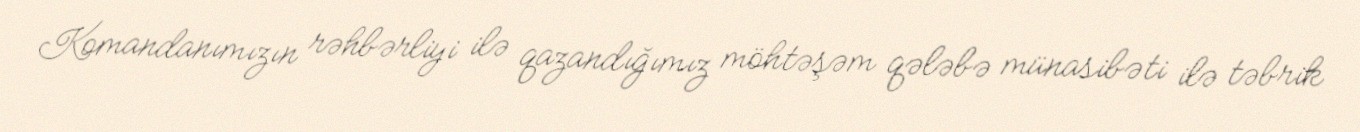
Komandanımızın rəhbərliyi ilə qazandığımız möhtəşəm qələbə münasibəti ilə təbrik